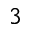
^ 3